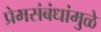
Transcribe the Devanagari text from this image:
प्रेमसंबंधांमुळे